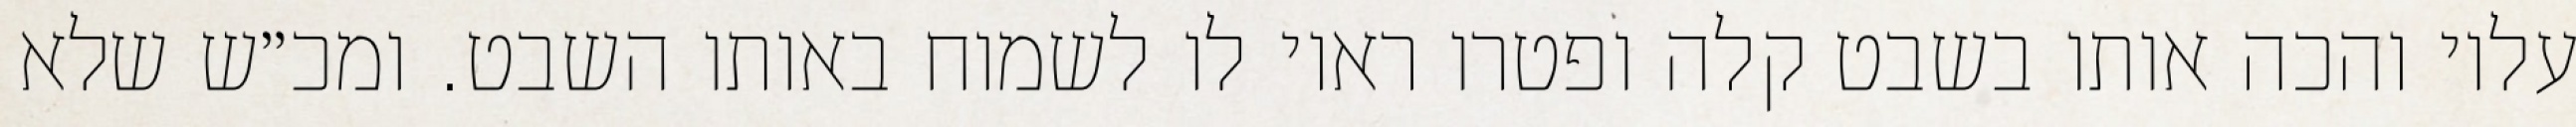
עליו והכה אותו בשבט קלה ופטרו ראוי לו לשמוח באותו השבט. ומכ״ש שלא